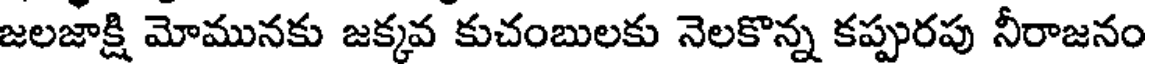
జలజాక్షి మోమునకు జక్కవ కుచంబులకు నెలకొన్న కప్పురపు నీరాజనం